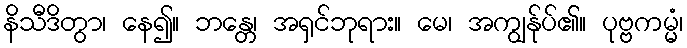
နိသီဒိတွာ၊ နေ၍။ ဘန္တေ၊ အရှင်ဘုရား။ မေ၊ အကျွန်ုပ်၏။ ပုဗ္ဗကမ္မံ၊